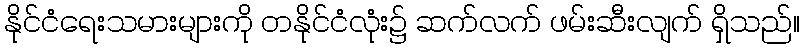
နိုင်ငံရေးသမားများကို တနိုင်ငံလုံး၌ ဆက်လက် ဖမ်းဆီးလျက် ရှိသည်။